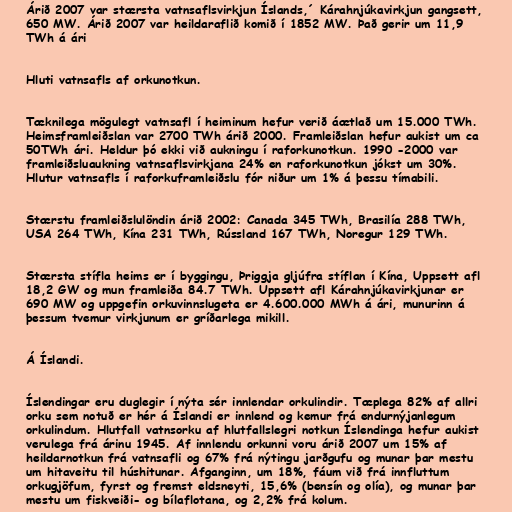
Árið 2007 var stærsta vatnsaflsvirkjun Íslands,´ Kárahnjúkavirkjun gangsett,
650 MW. Árið 2007 var heildaraflið komið í 1852 MW. Það gerir um 11,9
TWh á ári

Hluti vatnsafls af orkunotkun.

Tæknilega mögulegt vatnsafl í heiminum hefur verið áætlað um 15.000 TWh.
Heimsframleiðslan var 2700 TWh árið 2000. Framleiðslan hefur aukist um ca
50TWh ári. Heldur þó ekki við aukningu í raforkunotkun. 1990 -2000 var
framleiðsluaukning vatnsaflsvirkjana 24% en raforkunotkun jókst um 30%.
Hlutur vatnsafls í raforkuframleiðslu fór niður um 1% á þessu tímabili.

Stærstu framleiðslulöndin árið 2002: Canada 345 TWh, Brasilía 288 TWh,
USA 264 TWh, Kína 231 TWh, Rússland 167 TWh, Noregur 129 TWh.

Stærsta stífla heims er í byggingu, Þriggja gljúfra stíflan í Kína, Uppsett afl
18,2 GW og mun framleiða 84.7 TWh. Uppsett afl Kárahnjúkavirkjunar er
690 MW og uppgefin orkuvinnslugeta er 4.600.000 MWh á ári, munurinn á
þessum tvemur virkjunum er gríðarlega mikill.

Á Íslandi.

Íslendingar eru duglegir í nýta sér innlendar orkulindir. Tæplega 82% af allri
orku sem notuð er hér á Íslandi er innlend og kemur frá endurnýjanlegum
orkulindum. Hlutfall vatnsorku af hlutfallslegri notkun Íslendinga hefur aukist
verulega frá árinu 1945. Af innlendu orkunni voru árið 2007 um 15% af
heildarnotkun frá vatnsafli og 67% frá nýtingu jarðgufu og munar þar mestu
um hitaveitu til húshitunar. Afganginn, um 18%, fáum við frá innfluttum
orkugjöfum, fyrst og fremst eldsneyti, 15,6% (bensín og olía), og munar þar
mestu um fiskveiði- og bílaflotana, og 2,2% frá kolum.